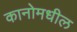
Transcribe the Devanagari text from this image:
कानोमधील